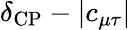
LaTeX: \delta_{\mathrm{CP}}-|c_{\mu\tau}|